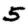
Digit: 5